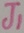
Text: J1